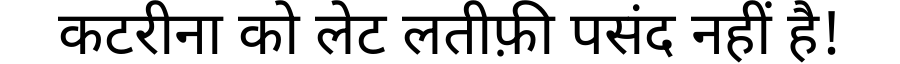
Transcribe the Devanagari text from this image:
कटरीना को लेट लतीफ़ी पसंद नहीं है!